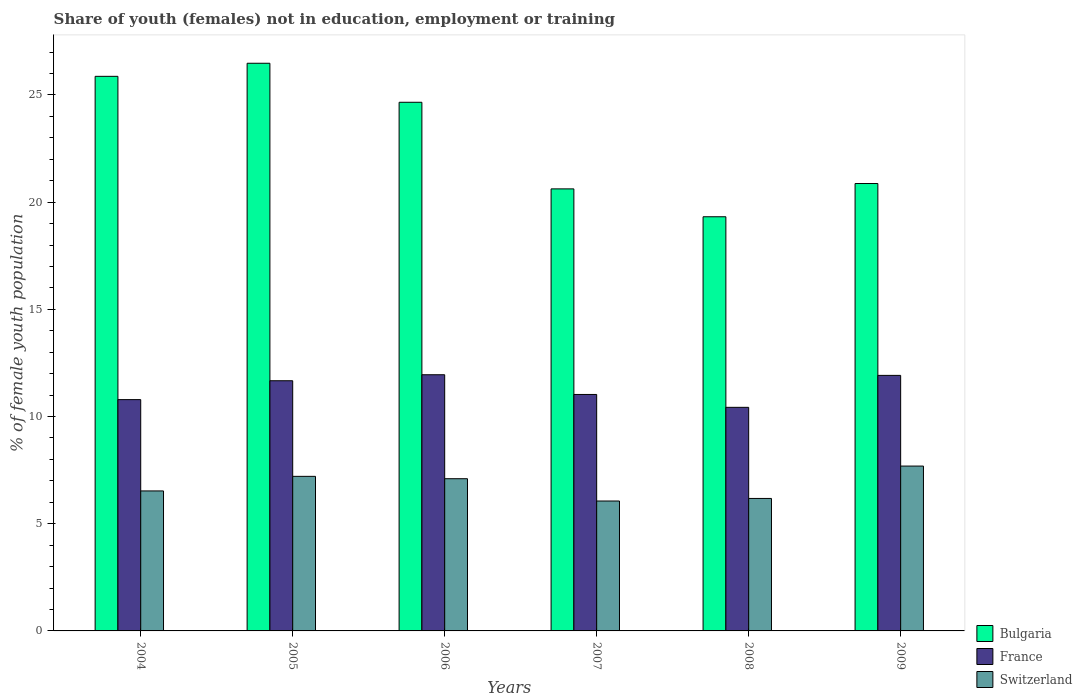
| Years | Bulgaria | France | Switzerland |
 | --- | --- | --- | --- |
 | 2004 | 25.9 | 10.8 | 6.53 |
 | 2005 | 26.5 | 11.7 | 7.21 |
 | 2006 | 24.7 | 11.9 | 7.1 |
 | 2007 | 20.6 | 11 | 6.06 |
 | 2008 | 19.3 | 10.4 | 6.18 |
 | 2009 | 20.9 | 11.9 | 7.69 |